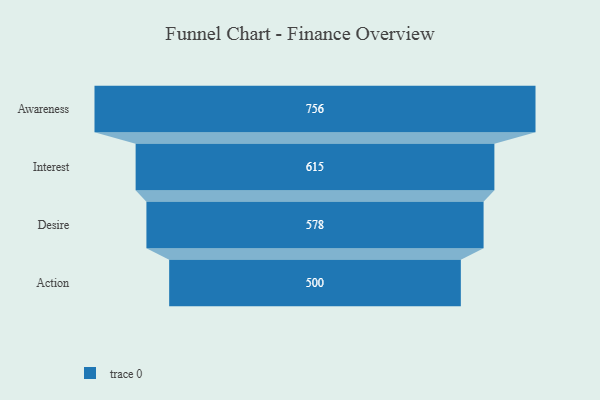
{"axis": {"x": "Stage", "y": "Value"}, "legend": [""], "data": [{"x": "Awareness", "y": 756.0, "type": ""}, {"x": "Interest", "y": 615.0, "type": ""}, {"x": "Desire", "y": 578.0, "type": ""}, {"x": "Action", "y": 500, "type": ""}]}